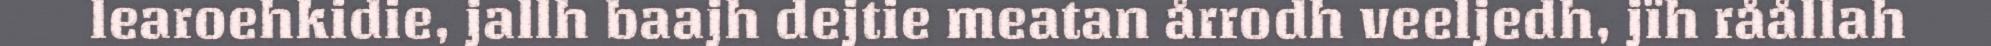
learoehkidie, jallh baajh dejtie meatan årrodh veeljedh, jïh råållah